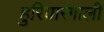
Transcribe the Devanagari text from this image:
हुरियारंगाली